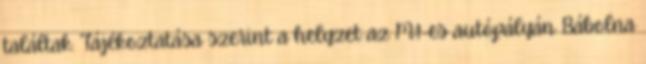
találtak. Tájékoztatása szerint a helyzet az M1-es autópályán Bábolna